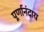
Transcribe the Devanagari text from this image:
पूर्णानंदाय